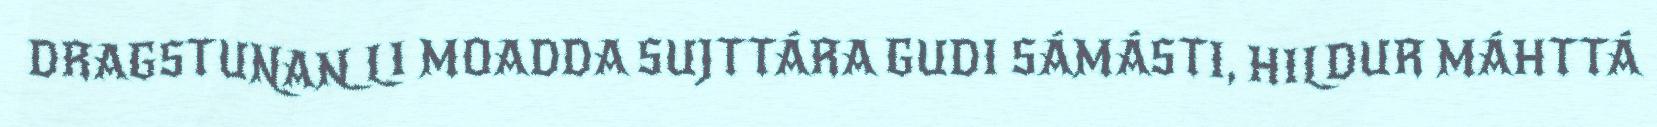
DRAGSTUNAN LI MOADDA SUJTTÁRA GUDI SÁMÁSTI, HILDUR MÁHTTÁ